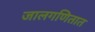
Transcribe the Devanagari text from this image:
जालगणितात